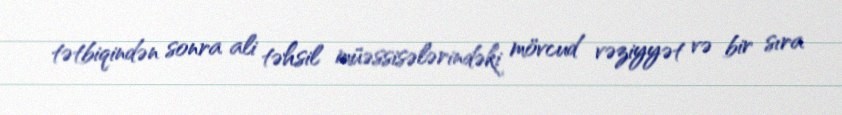
tətbiqindən sonra ali təhsil müəssisələrindəki mövcud vəziyyət və bir sıra